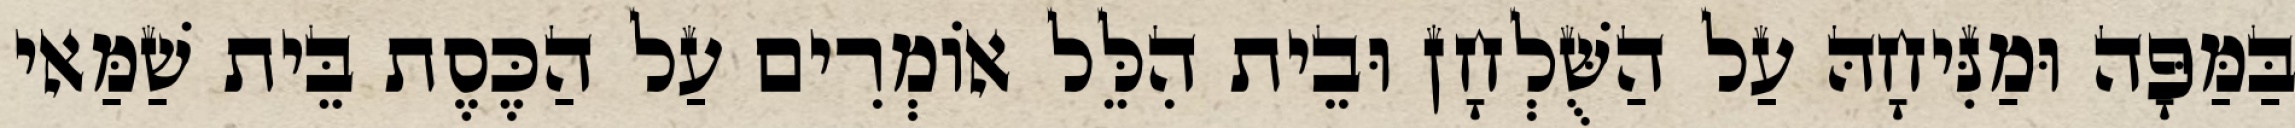
בַּמַּפָּה וּמַנִּיחָהּ עַל הַשֻּׁלְחָן וּבֵית הִלֵּל אוֹמְרִים עַל הַכֶּסֶת בֵּית שַׁמַּאי